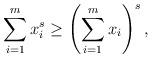
LaTeX: \begin{align*} \sum_{i = 1}^m x_i^s \geq \left( \sum_{i=1}^m x_i \right)^s,\end{align*}